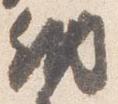
納